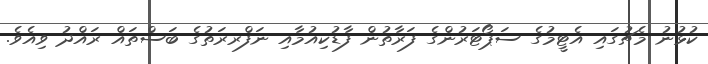
ކުޅުނު މެޗުގައި އެޓީމުގެ ސަޕޯޓަރުންގެ ފަރާތުން ފާޑުކިއުމާއި ނަފްރރަތުގެ ބަސްތައް ރައްދު ވިއެވެ.